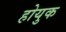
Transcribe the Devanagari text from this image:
होयुक